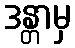
ဒန္တာမှ